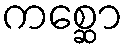
ကစ္ဆော